Indian journal of veterinary science and animal husbandry - Volume 9,
Year: 1939
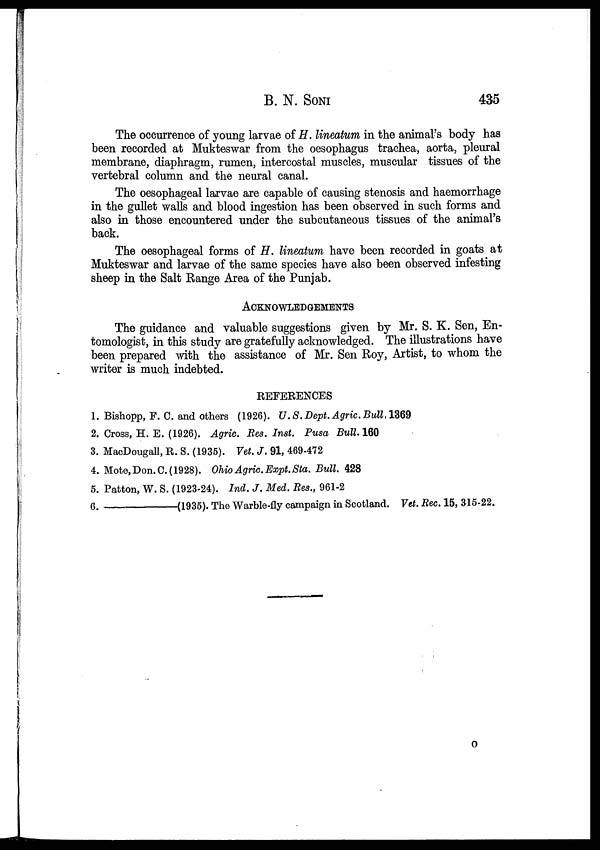
B. N.
SONI
435
The occurrence of young larvae of H. lineatum in the animal's body has
been recorded at Mukteswar from the oesophagus trachea, aorta, pleural
membrane, diaphragm, rumen, intercostal muscles, muscular tissues of the
vertebral column and the neural canal.
The oesophageal larvae are capable of causing stenosis and haemorrhage
in the gullet walls and blood ingestion has been observed in such forms and
also in those encountered under the subcutaneous tissues of the animal's
back.
The oesophageal forms of H. lineatum have been recorded in goats at
Mukteswar and larvae of the same species have also been observed infesting
sheep in the Salt Range Area of the Punjab.
ACKNOWLEDGEMENTS
The guidance and valuable suggestions given by Mr. S. K. Sen, En-
tomologist, in this study are gratefully acknowledged. The illustrations have
been prepared with the assistance of Mr. Sen Roy, Artist, to whom the
writer is much indebted.
REFERENCES
1. Bishopp, F. C. and others (1926). U.S.Dept. Agric. Bull, 1369
2. Cross, H. E. (1926). Agric. Res. Inst. Pusa Bull. 160
3. MacDougall, R. S. (1935). Vet. J. 91, 469-472
4. Mote, Don. C.( 1928). Ohio Agric. Expt.Sta. Bull. 428
5. Patton, W. S. (1923-24). Ind. J. Med. Res., 961-2
6.—(1935). The Warble-fly campaign in Scotland. Vet. Rec. 15, 315-22.
O